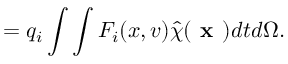
= q _ { i } \int \int F _ { i } ( x , v ) \hat { \chi } ( \textbf { x } ) d t d \Omega .